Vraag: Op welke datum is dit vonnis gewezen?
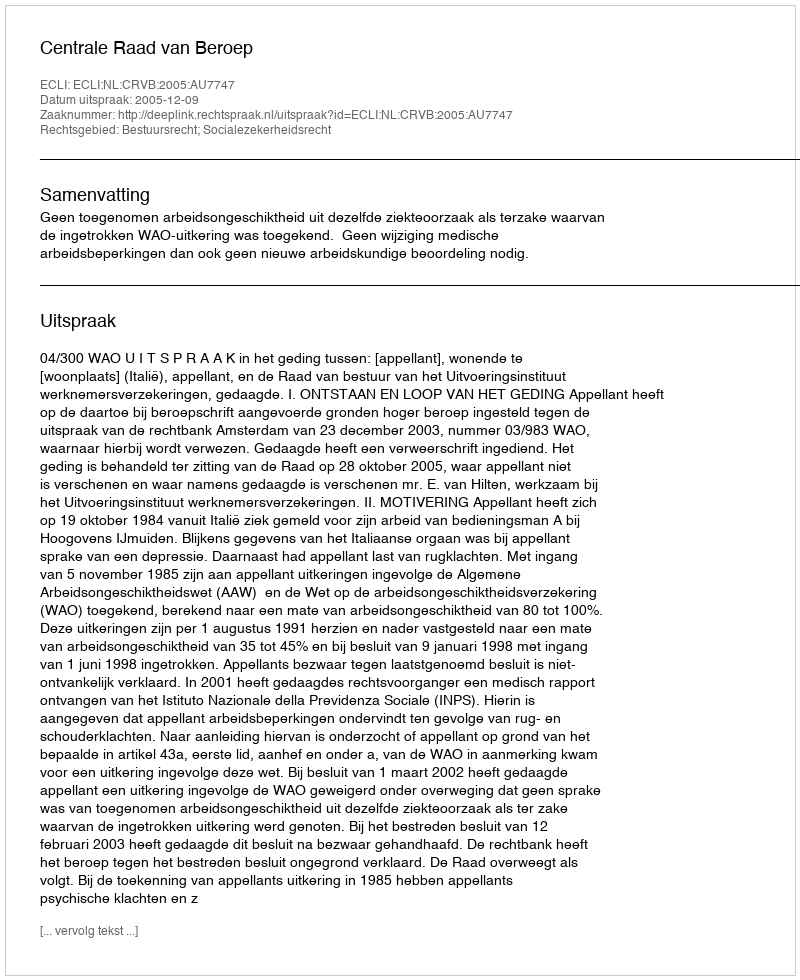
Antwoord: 2005-12-09